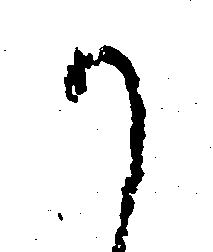
か